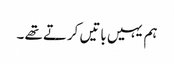
ہم یہیں باتیں کرتے تھے ۔